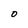
Character: O